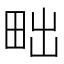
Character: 𤱟